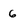
Character: 6